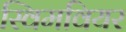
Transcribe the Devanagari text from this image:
स्विमवियर